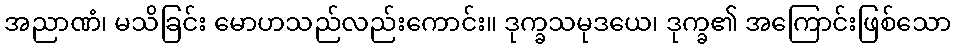
အညာဏံ၊ မသိခြင်း မောဟသည်လည်းကောင်း။ ဒုက္ခသမုဒယေ၊ ဒုက္ခ၏ အကြောင်းဖြစ်သော